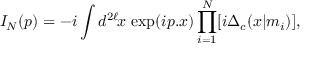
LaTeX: I _ { N } ( p ) = - i \int d ^ { 2 \ell } \! x \, \exp ( i p . x ) \prod _ { i = 1 } ^ { N } [ i \Delta _ { c } ( x | m _ { i } ) ] ,